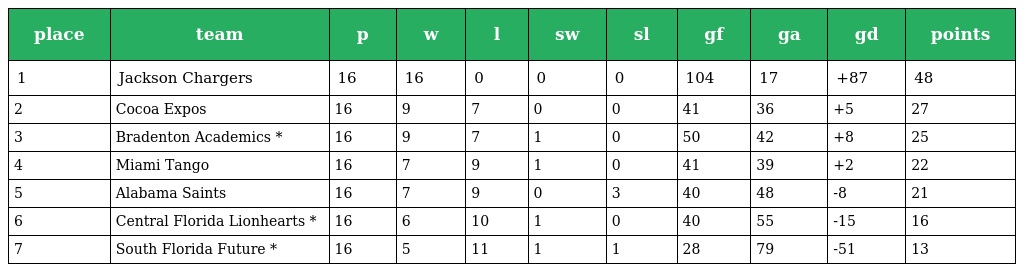
| place | team | p | w | l | sw | sl | gf | ga | gd | points |
 | --- | --- | --- | --- | --- | --- | --- | --- | --- | --- | --- |
 | 1 | Jackson Chargers | 16 | 16 | 0 | 0 | 0 | 104 | 17 | +87 | 48 |
 | 2 | Cocoa Expos | 16 | 9 | 7 | 0 | 0 | 41 | 36 | +5 | 27 |
 | 3 | Bradenton Academics * | 16 | 9 | 7 | 1 | 0 | 50 | 42 | +8 | 25 |
 | 4 | Miami Tango | 16 | 7 | 9 | 1 | 0 | 41 | 39 | +2 | 22 |
 | 5 | Alabama Saints | 16 | 7 | 9 | 0 | 3 | 40 | 48 | -8 | 21 |
 | 6 | Central Florida Lionhearts * | 16 | 6 | 10 | 1 | 0 | 40 | 55 | -15 | 16 |
 | 7 | South Florida Future * | 16 | 5 | 11 | 1 | 1 | 28 | 79 | -51 | 13 |